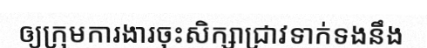
ឲ្យក្រុមការងារចុះសិក្សាជ្រាវទាក់ទងនឹង